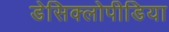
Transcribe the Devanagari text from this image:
डेसिक्लोपीडिया